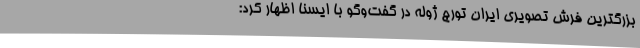
بزرگترین فرش تصویری ایران تورج ژوله در گفت‌وگو با ایسنا اظهار کرد: